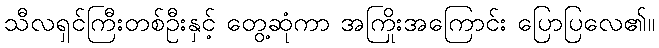
သီလရှင်ကြီးတစ်ဦးနှင့် တွေ့ဆုံကာ အကြိုးအကြောင်း ပြောပြလေ၏။